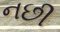
નછી